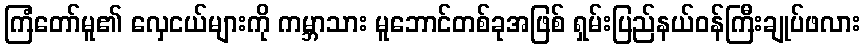
ကြံတော်မူ၏ လှေငယ်များကို ကမ္ဘာသား မူဘောင်တစ်ခုအဖြစ် ရှမ်းပြည်နယ်ဝန်ကြီးချုပ်ဖလား